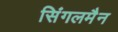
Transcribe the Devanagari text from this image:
सिंगलमैन